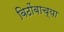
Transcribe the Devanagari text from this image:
विठोंबाच्या